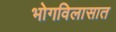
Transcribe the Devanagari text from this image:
भोगविलासात